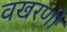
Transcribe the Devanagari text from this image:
वखरणी